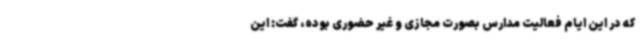
که در این ایام فعالیت مدارس بصورت مجازی و غیر حضوری بوده، گفت: این